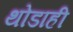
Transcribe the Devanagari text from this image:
थोडाही